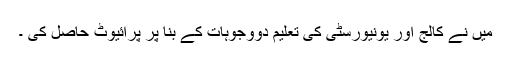
میں نے کالج اور یونیورسٹی کی تعلیم دووجوہات کے بنا پر پرائیوٹ حاصل کی ۔